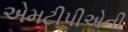
એમટીપીએની